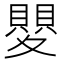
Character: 𭐯